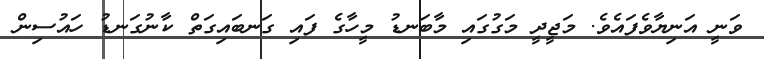
ވަނީ އަނިޔާވެފައެވެ. މަޖީދީ މަގުގައި މާބަނޑު މީހާގެ ފައި ގަނބައިގަތް ކާނުގަނޑު ހައުސިން